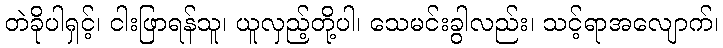
တဲခိုပါရှင့်၊ ငါးဖြာရန်သူ၊ ယူလှည့်တို့ပါ၊ သေမင်းခွါလည်း၊ သင့်ရာအလျောက်၊